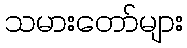
သမားတော်များ